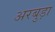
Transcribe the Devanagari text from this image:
अरबुड़ा